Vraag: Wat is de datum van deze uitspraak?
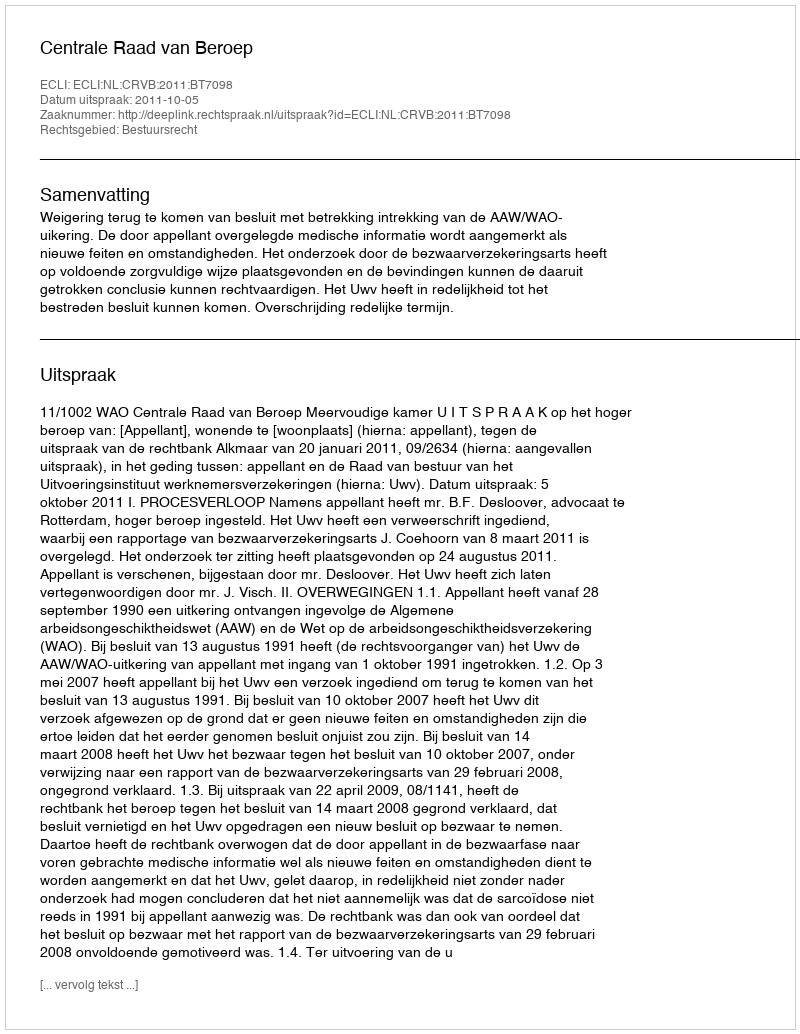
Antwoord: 2011-10-05